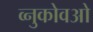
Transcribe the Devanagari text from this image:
व्नुकोवओ